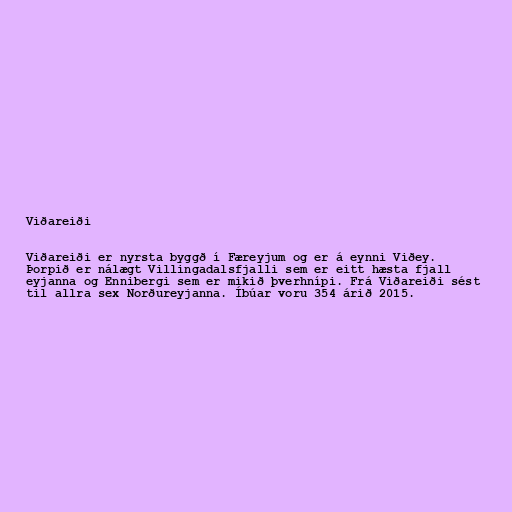
Viðareiði

Viðareiði er nyrsta byggð í Færeyjum og er á eynni Viðey.
Þorpið er nálægt Villingadalsfjalli sem er eitt hæsta fjall
eyjanna og Ennibergi sem er mikið þverhnípi. Frá Viðareiði sést
til allra sex Norðureyjanna. Íbúar voru 354 árið 2015.